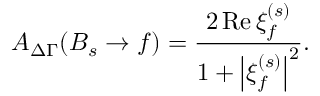
{ \cal A } _ { \Delta \Gamma } ( B _ { s } \to f ) = \frac { 2 \, \mathrm { R e } \, \xi _ { f } ^ { ( s ) } } { 1 + \left| \xi _ { f } ^ { ( s ) } \right| ^ { 2 } } .